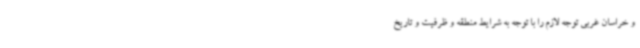
و خراسان غربی توجه لازم را با توجه به شرایط منطقه و ظرفیت و تاریخ